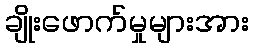
ချိုးဖောက်မှုများအား